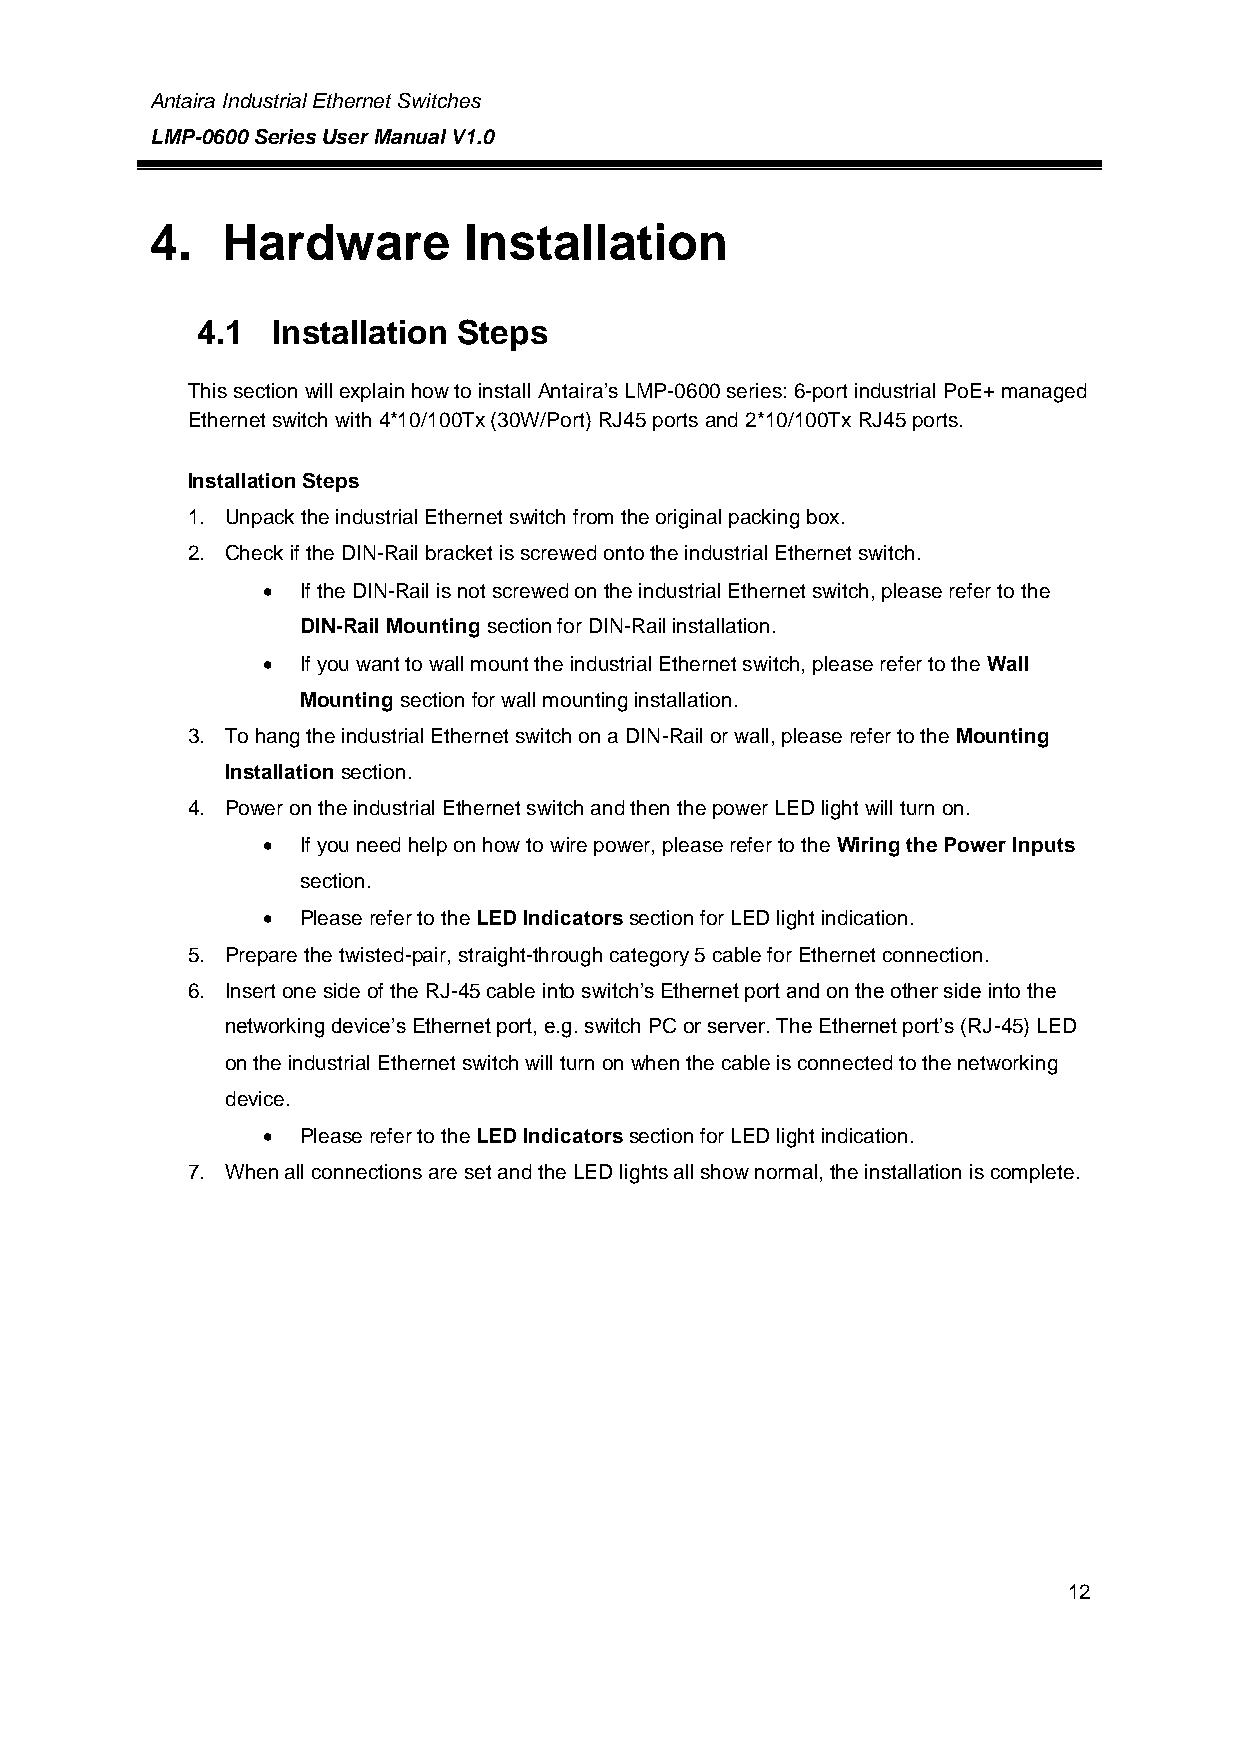
Antaira Industrial Ethernet Switches
 LMP-0600 Series User Manual V1.0
 4.   Hardware        Installation
 4.1  Installation Steps
 This section will explain how to install Antaira’s LMP-0600 series: 6-port industrial PoE+ managed
 Ethernet switch with 4*10/100Tx (30W/Port) RJ45 ports and 2*10/100Tx RJ45 ports.
 Installation Steps
 1. Unpack the industrial Ethernet switch from the original packing box.
 2. Check if the DIN-Rail bracket is screwed onto the industrial Ethernet switch.
   If the DIN-Rail is not screwed on the industrial Ethernet switch, please refer to the
 DIN-Rail Mounting section for DIN-Rail installation.
   If you want to wall mount the industrial Ethernet switch, please refer to the Wall
 Mounting section for wall mounting installation.
 3. To hang the industrial Ethernet switch on a DIN-Rail or wall, please refer to the Mounting
 Installation section.
 4. Power on the industrial Ethernet switch and then the power LED light will turn on.
   If you need help on how to wire power, please refer to the Wiring the Power Inputs
 section.
   Please refer to the LED Indicators section for LED light indication.
 5. Prepare the twisted-pair, straight-through category 5 cable for Ethernet connection.
 6. Insert one side of the RJ-45 cable into switch’s Ethernet port and on the other side into the
 networking device’s Ethernet port, e.g. switch PC or server. The Ethernet port’s (RJ-45) LED
 on the industrial Ethernet switch will turn on when the cable is connected to the networking
 device.
   Please refer to the LED Indicators section for LED light indication.
 7. When all connections are set and the LED lights all show normal, the installation is complete.
 12